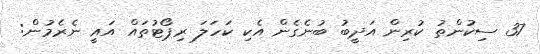
37 ސިކުންތު ކުރިން އަދީބު ބުނެގެން އެކި ކަހަލަ ރިޕޯޓުތައް އައީ ނެރެމުން: